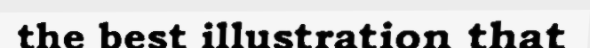
the best illustration that